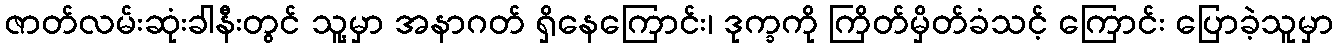
ဇာတ်လမ်းဆုံးခါနီးတွင် သူ့မှာ အနာဂတ် ရှိနေကြောင်း၊ ဒုက္ခကို ကြိတ်မှိတ်ခံသင့် ကြောင်း ပြောခဲ့သူမှာ